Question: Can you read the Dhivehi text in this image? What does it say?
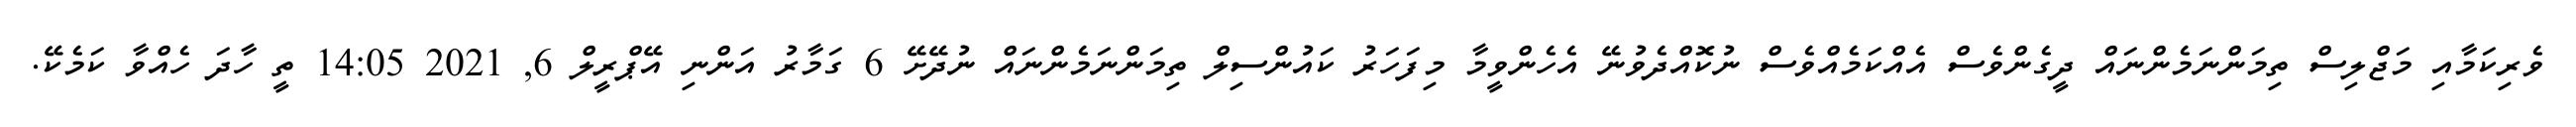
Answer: ވެރިކަމާއި މަޖްލިސް ތިމަންނަމެންނައް ދީގެންވެސް އެއްކަމެއްވެސް ނުކޮއްދެވުނޭ އެހެންވީމާ މިފަހަރު ކައުންސިލް ތިމަންނަމެންނައް ނުދޭށޭ 6 ގަމާރު އަންނި އޭޕްރީލް 6, 2021 14:05 ތީ ހާދަ ހެއްވާ ކަމެކޭ.